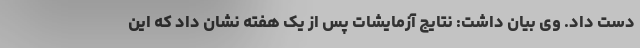
دست داد. وی بیان داشت: نتایج آزمایشات پس از یک هفته نشان داد که این